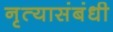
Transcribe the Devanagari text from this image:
नृत्यासंबंधी